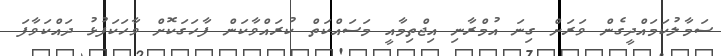
ސަމާލުކަމައްދީގެން ވަރަށް ގިނަ އުމްރާނި އިޖްތިމާއީ މަސައްކަތް ކުރައްވާކަން ފާހަގަކޮށް ވާހަކަފުޅު ދައްކަވާފަ